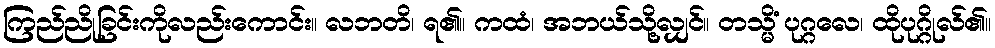
ကြည်ညိုခြင်းကိုလည်းကောင်း။ လဘတိ၊ ရ၏။ ကထံ၊ အဘယ်သို့လျှင်။ တသ္မိံ ပုဂ္ဂလေ၊ ထိုပုဂ္ဂိုလ်၏။